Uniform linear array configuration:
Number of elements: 4
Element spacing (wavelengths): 0.5
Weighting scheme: blackman
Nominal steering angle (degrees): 60
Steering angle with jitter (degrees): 58.132
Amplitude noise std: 0.05
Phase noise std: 0.05

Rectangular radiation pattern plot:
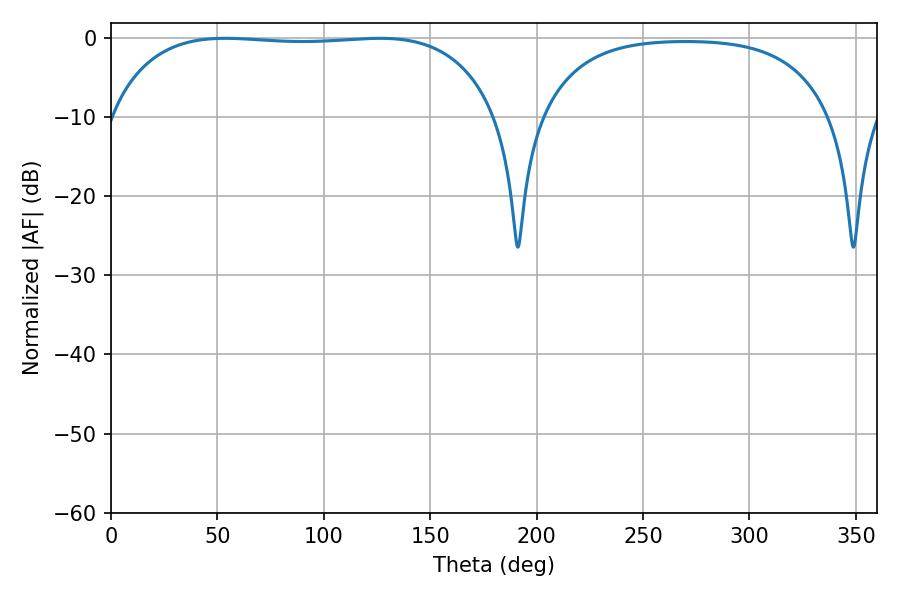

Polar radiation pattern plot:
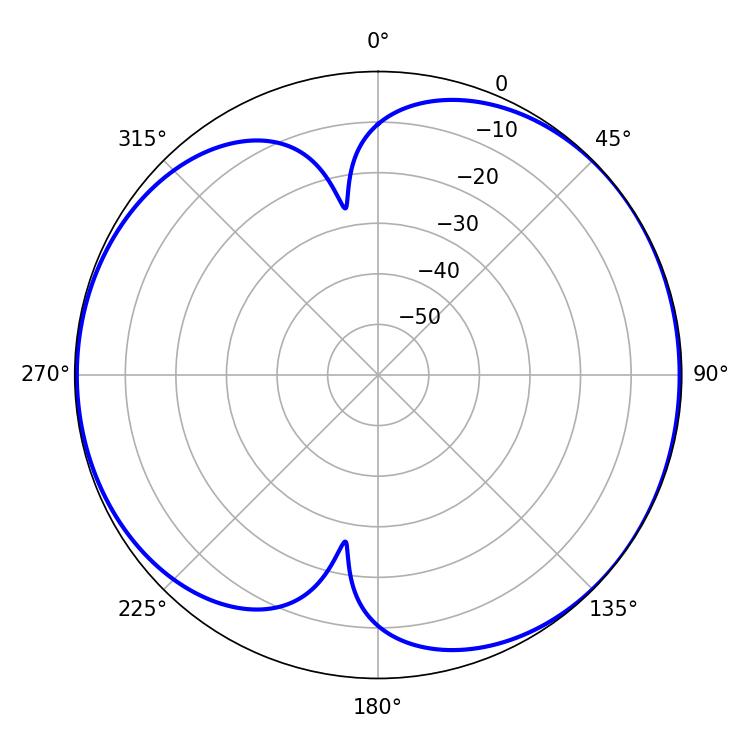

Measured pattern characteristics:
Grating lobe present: FALSE
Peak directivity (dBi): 5.933
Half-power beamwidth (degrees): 144.36
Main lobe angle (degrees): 53.64